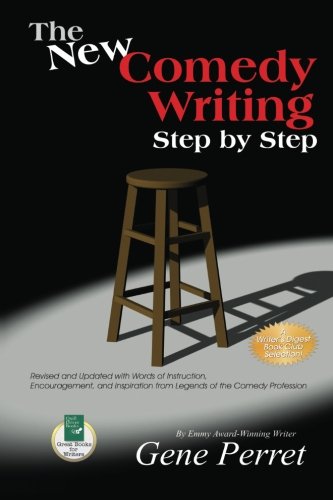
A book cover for The New Comedy Writing Step by Step: Revised and Updated with Words of Instruction, Encouragement, and Inspiration from Legends of the Comedy Profession; Gene Perret; Humor & Entertainment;